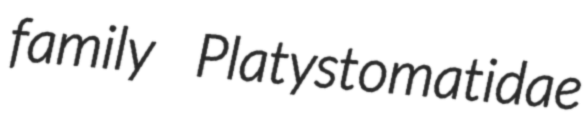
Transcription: family Platystomatidae